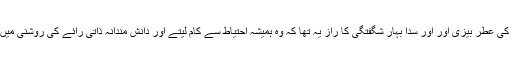
ان کی شخصیت کی عطر بیزی اور اور سدا بہار شگفتگی کا راز یہ تھا کہ وہ ہمیشہ احتیاط سے کام لیتے اور دانش مندانہ ذاتی رائے کی روشنی میں فیصلے کرتے۔